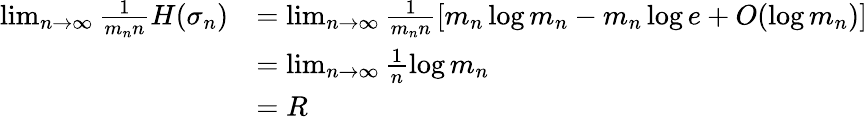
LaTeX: \begin{array}{rl}{\operatorname*{lim}_{n\to\infty}\frac{1}{m_{n}n}H(\sigma_{n})}&{=\operatorname*{lim}_{n\to\infty}\frac{1}{m_{n}n}\left[m_{n}\log m_{n}-m_{n}\log e+O(\log m_{n})\right]}\\ &{=\operatorname*{lim}_{n\to\infty}\frac{1}{n}\log m_{n}}\\ &{=R}\end{array}